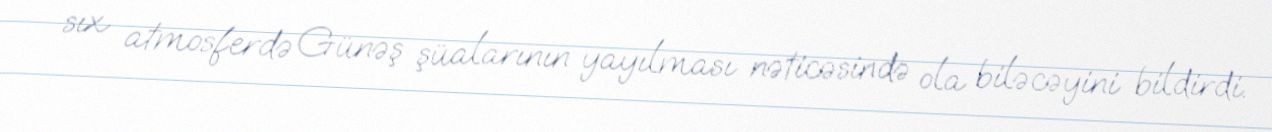
sıx atmosferdə Günəş şüalarının yayılması nəticəsində ola biləcəyini bildirdi.